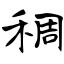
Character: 稠